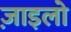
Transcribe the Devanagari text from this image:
ज़ाइलो